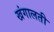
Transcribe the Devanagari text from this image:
खंगालती